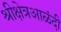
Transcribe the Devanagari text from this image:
श्रीक्षेत्रआळंदी